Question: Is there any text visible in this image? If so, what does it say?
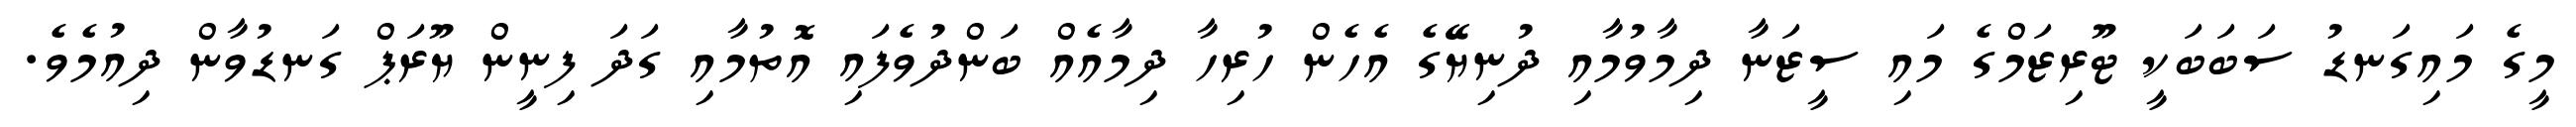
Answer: މީގެ މައިގަނޑު ސަބަބަކީ ޓޫރިޒަމްގެ މައި ސީޒަނާ ދިމާވުމާއި ދުނިޔޭގެ އެހެން ހުރިހާ ދިމާއެއް ބަންދުވެފައި އޮތުމާއި ގަދަ ފިނީން ޔޫރަޕް ގަނޑުވާން ދިއުމެވެ.